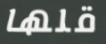
قلها